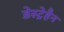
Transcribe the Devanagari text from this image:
डेस्ट्रेहैन